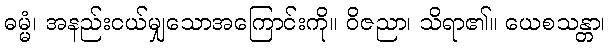
ဓမ္မံ၊ အနည်းငယ်မျှသောအကြောင်းကို။ ဝိဇညာ၊ သိရာ၏။ ယေစသန္တာ၊